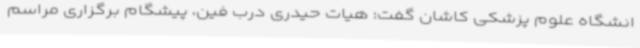
انشگاه علوم پزشکی کاشان گفت: هیات حیدری درب فین، پیشگام برگزاری مراسم